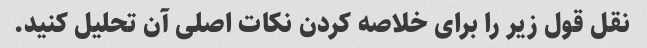
نقل قول زیر را برای خلاصه کردن نکات اصلی آن تحلیل کنید.